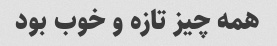
همه چیز تازه و خوب بود